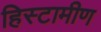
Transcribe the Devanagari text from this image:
हिस्टामीण